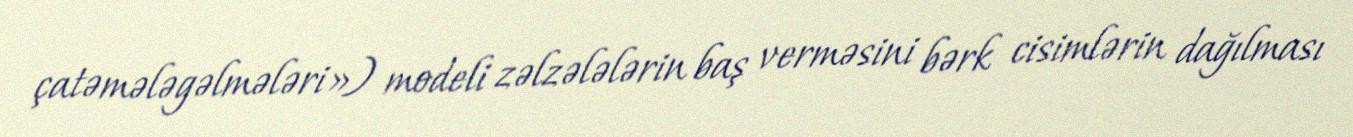
çatəmələgəlmələri») modeli zəlzələlərin baş verməsini bərk cisimlərin dağılması